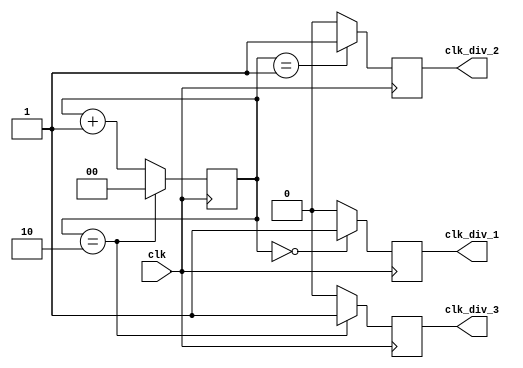
module clock_divider(
    input wire clk,
    output reg clk_div_1,
    output reg clk_div_2,
    output reg clk_div_3
);

reg [1:0] counter;

always @(posedge clk) begin
    if (counter == 2'b00) begin
        clk_div_1 <= 1'b1;
    end else begin
        clk_div_1 <= 1'b0;
    end
    
    if (counter == 2'b01) begin
        clk_div_2 <= 1'b1;
    end else begin
        clk_div_2 <= 1'b0;
    end
    
    if (counter == 2'b10) begin
        clk_div_3 <= 1'b1;
        counter <= 2'b00;
    end else begin
        clk_div_3 <= 1'b0;
        counter <= counter + 1;
    end
end

endmodule